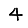
Digit: 4